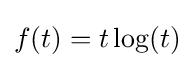
f(t)=t\log(t)